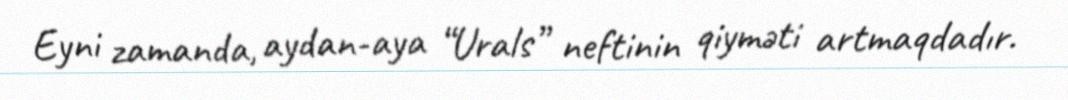
Eyni zamanda, aydan-aya “Urals” neftinin qiyməti artmaqdadır.